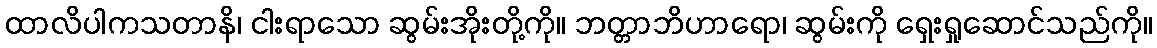
ထာလိပါကသတာနိ၊ ငါးရာသော ဆွမ်းအိုးတို့ကို။ ဘတ္တာဘိဟာရော၊ ဆွမ်းကို ရှေးရှုဆောင်သည်ကို။